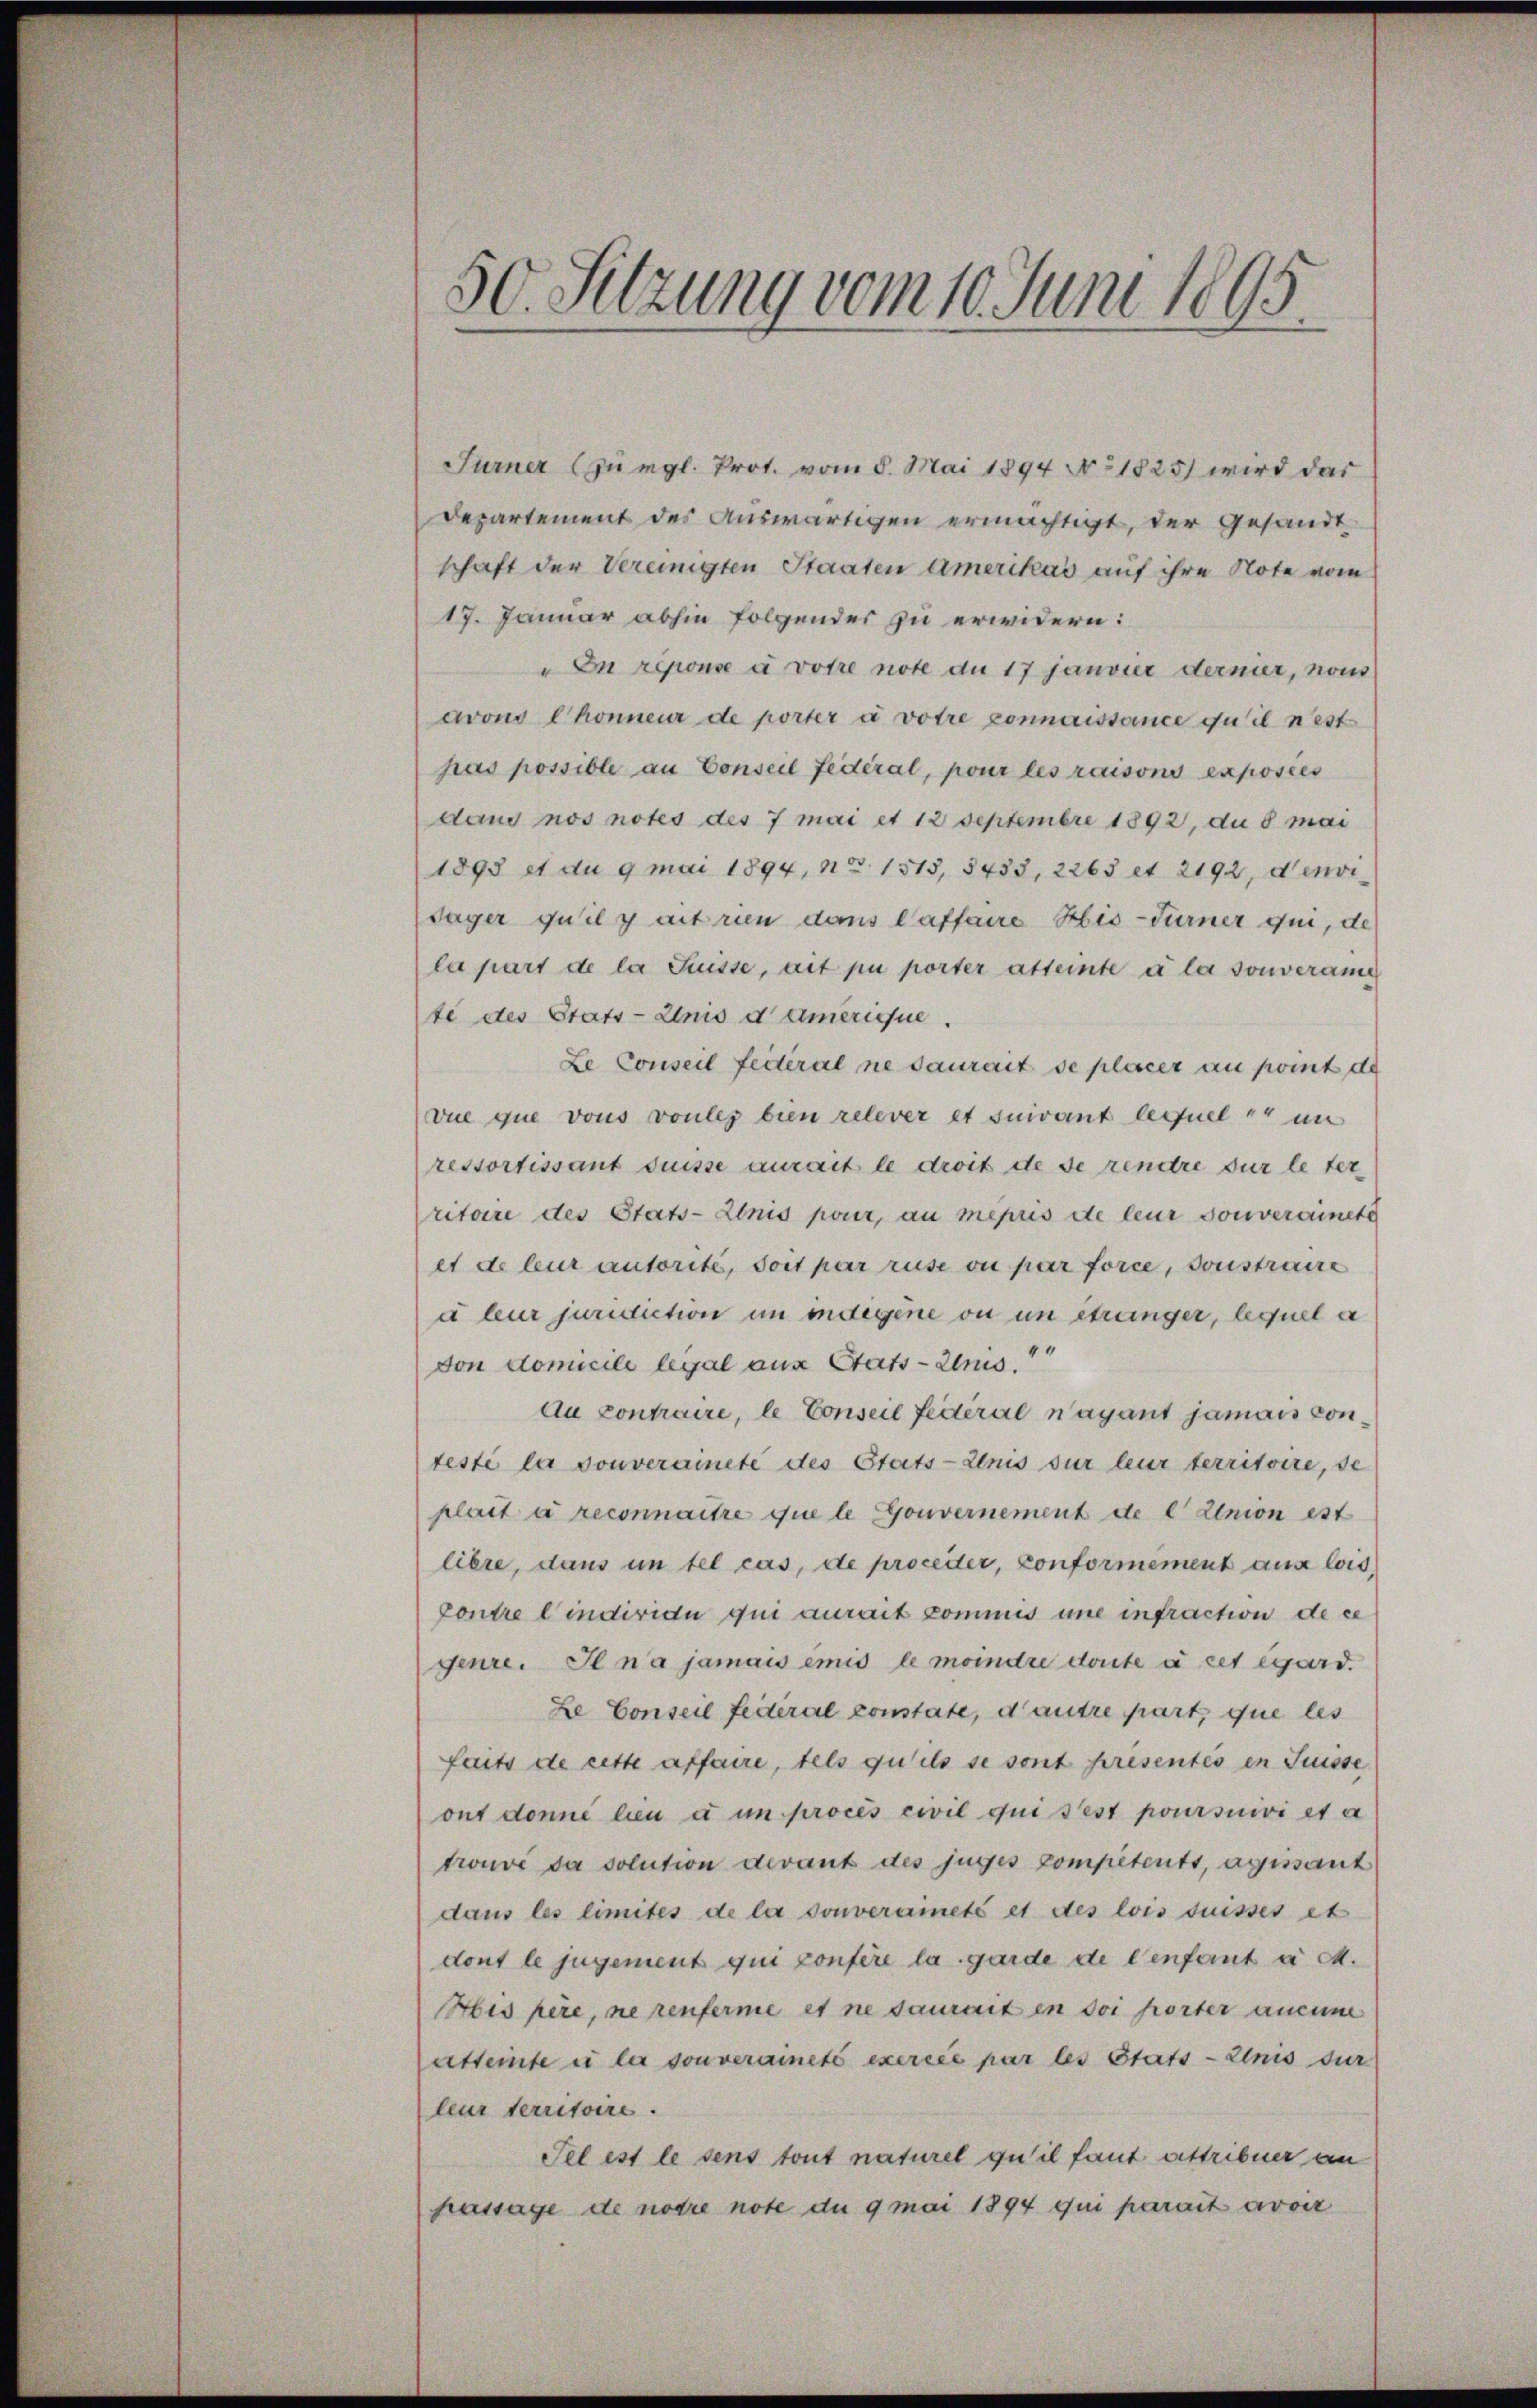
50. Sitzung vom 10. Juni 1895

Turner (zurgl. Prot. vom 8. Mai 1894 No. 1825 wird das
Departement des auswärtigen ermächtigt, der gesandt
schaft der Vereinigten Staaten amerikas auf ihre Note vom
17. Januar abhin folgender zu erwidern:
" In réponse à votre note du 17 janvier dernier, non
avons Chonneur de porter a votre connaissance qu’il n’est
pas possible an Conseil fédéral, pour les raisons exposées
daus nos notes des 7 mai et 12 Septembre 1892, du 8 mai
1893 et du 9 mai 1894, No 1513, 3453, 2263 et 2192, denvi
säger quil y ait rien dans Caffaire His-Turner qui, de
la part de la Suisse, ait pu porter atteinte à la souverame
te des Stats-Anis damerique.
Le Conseil fédéral ne saurait se placer an komt de
vue que vons voules bien relever et suivant lequel er im
ressortissant duisse aurait le droit de se rendre sur le ter
ritoire des Stats-Zinis pour, an mepris de leur souverainete
et de leur autorité, soit par ruse ou par force, sonstraue
d leur juridiction in indegene ou un étranger, lequel a
44
von domicile legal aus Stats-Zus.
Au contraire, le Conseil fédéral n’ayant jamais conteste la souverainete des Etats-Zenis sur leur territoire, de
plait à reconnaitre que le Gouvernement de l Union est
lière, dans un tel cas, de procetter, Conformement aus lois,
Contre lindividu qui aurait commis une infraction de ce
genre. Il n’a jamais emis le moindre doute à cet egard.
Le Conseil feiteral constate, d’autre part, que les
faits de cette affaire, tels qu’ils se sont presentes in Suisse
ont donné lieu à un proces civil qui sest poursuivi et a
trouve da solution devant des juges competents, agissant
dans les limités de la souveraineté et des lois suisses et
dont le jugement qui confere la garde de l’enfant a M.
His père, ne renferme et ne saurait en sei hörter aucune
atteinte u la souveraineté exercée par les Stats - einis sur
leur territoire.
Tel est le sens tout naturel qu’il faut erstribuer an
passage de notre note du 9 mai 1894 qui parait avoir